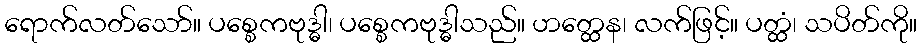
ရောက်လတ်သော်။ ပစ္စေကဗုဒ္ဓါ၊ ပစ္စေကဗုဒ္ဓါသည်။ ဟတ္ထေန၊ လက်ဖြင့်။ ပတ္ထံ၊ သပိတ်ကို။